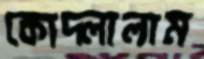
কোদ্‌লালাম